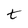
Character: t